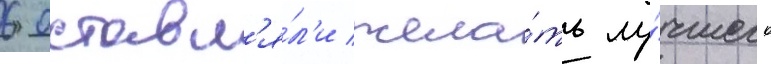
6 оставл'я́л'и жела́ть лу́чшего